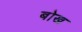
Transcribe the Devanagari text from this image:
बोख